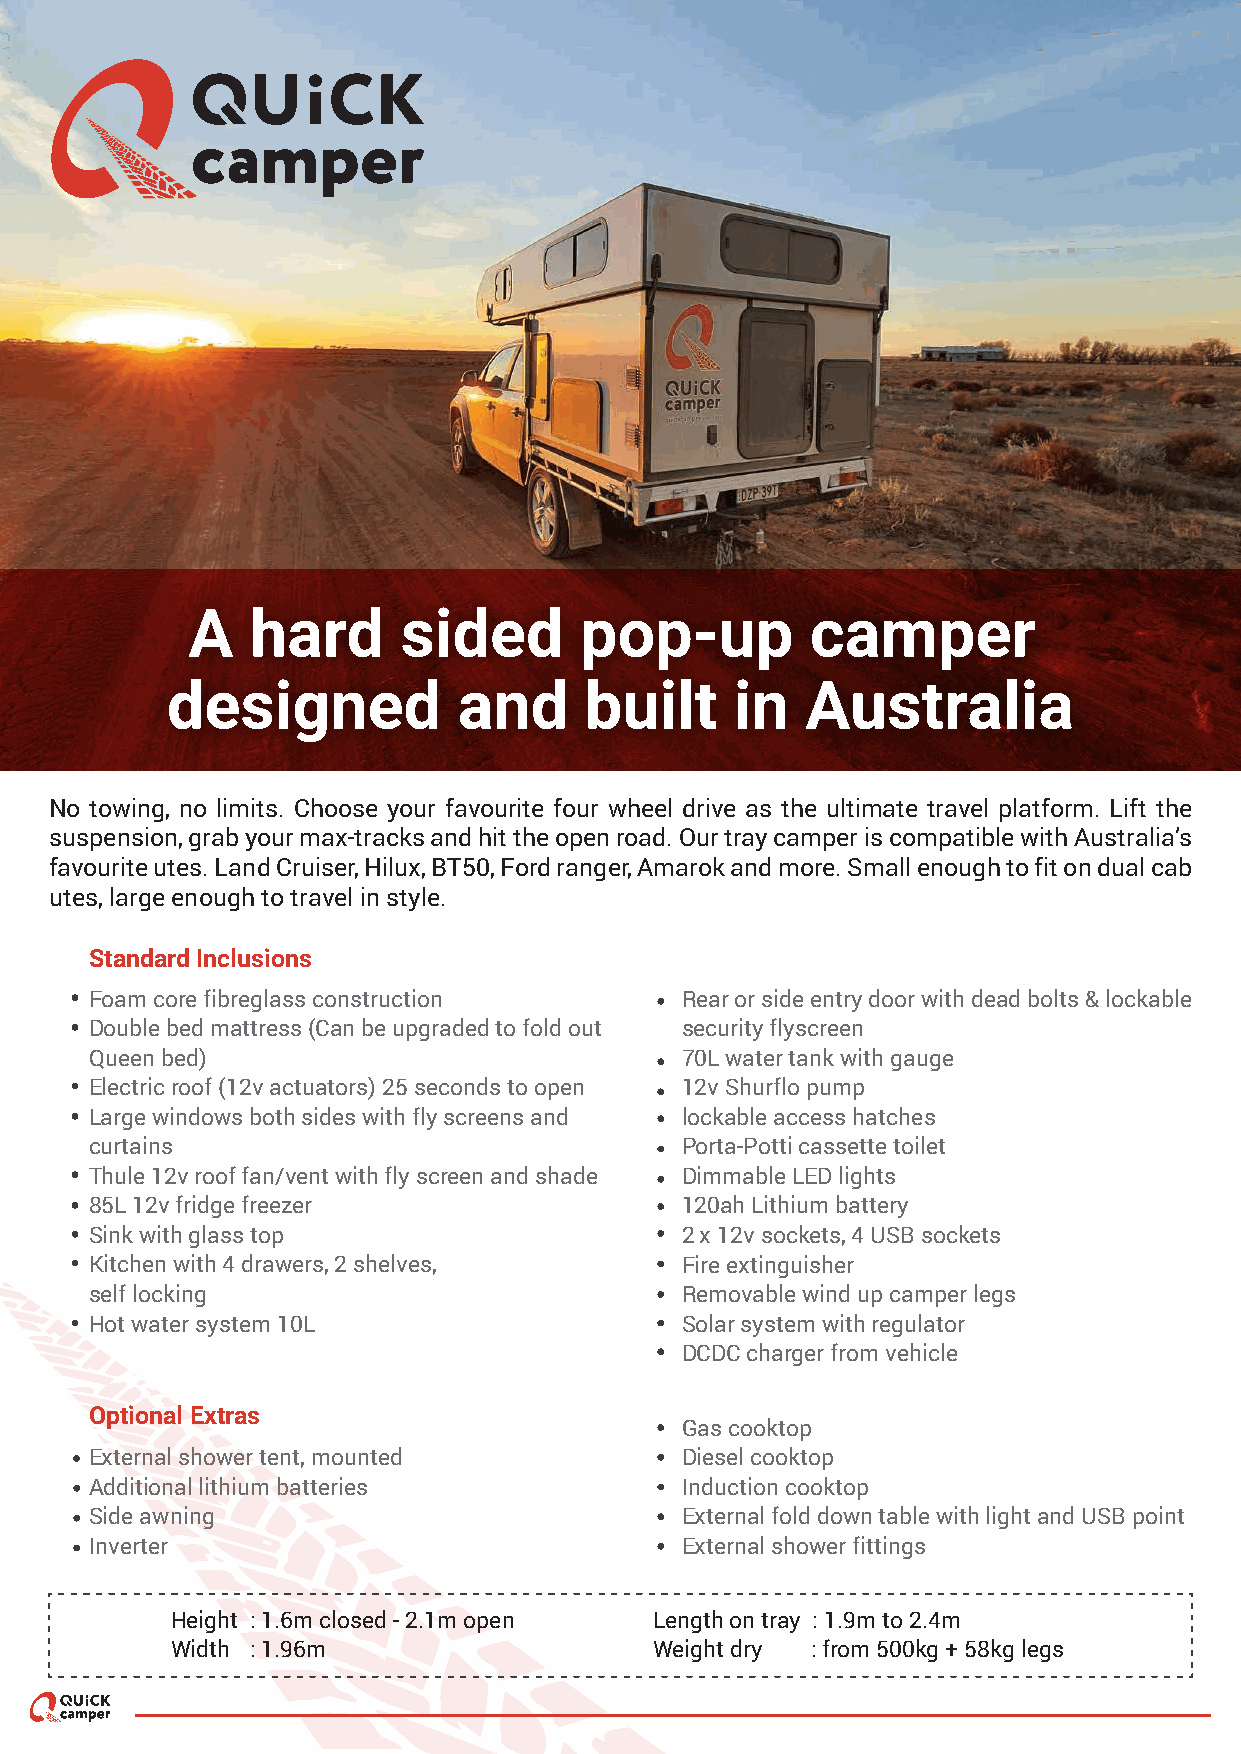
A    hard      sided      pop-up          camper
 designed           and      built     in  Australia
 No towing, no limits. Choose your favourite four wheel drive as the ultimate travel platform. Lift the
 suspension, grab your max-tracks and hit the open road. Our tray camper is compatible with Australia’s
 favourite utes. Land Cruiser, Hilux, BT50, Ford ranger, Amarok and more. Small enough to fit on dual cab
 utes, large enough to travel in style.
 Standard Inclusions
 Foam core fibreglass construction      Rear or side entry door with dead bolts & lockable
 Double bed mattress (Can be upgraded to fold out security flyscreen
 Queen bed)                             70L water tank with gauge
 Electric roof (12v actuators) 25 seconds to open 12v Shurflo pump
 Large windows both sides with fly screens and lockable access hatches
 curtains                               Porta-Potti cassette toilet
 Thule 12v roof fan/vent with fly screen and shade Dimmable LED lights
 85L 12v fridge freezer                 120ah Lithium battery
 Sink with glass top                    2 x 12v sockets, 4 USB sockets
 Kitchen with 4 drawers, 2 shelves,     Fire extinguisher
 self locking                           Removable wind up camper legs
 Hot water system 10L                   Solar system with regulator
 DCDC charger from vehicle
 Optional Extras
 Gas cooktop
 External shower tent, mounted          Diesel cooktop
 Additional lithium batteries           Induction cooktop
 Side awning                            External fold down table with light and USB point
 Inverter                               External shower fittings
 Height : 1.6m closed - 2.1m open Length on tray : 1.9m to 2.4m
 Width : 1.96m                   Weight dry : from 500kg + 58kg legs